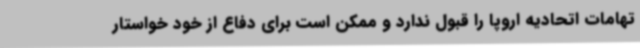
تهامات اتحادیه اروپا را قبول ندارد و ممکن است برای دفاع از خود خواستار